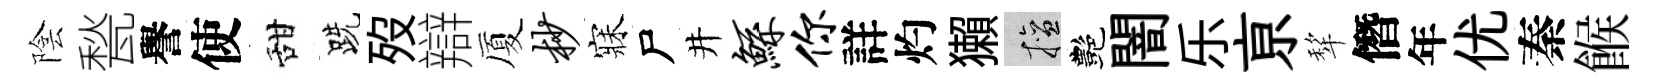
陰甃譽使甜跣歿辯厦杪寐尸井鲧你詳灼獺擅艷闇乐亰犂僭年优秦餱